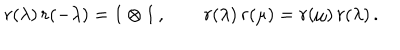
r ( \lambda ) \, r ( - \lambda ) = 1 \otimes 1 \, , \qquad r ( \lambda ) \, r ( \mu ) = r ( \mu ) \, r ( \lambda ) \, .